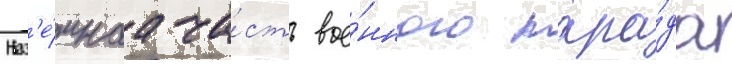
Наз'е́мнаа ча́сть вое́нного пара́да